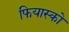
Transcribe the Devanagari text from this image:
फियास्को